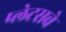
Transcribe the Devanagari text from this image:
प्लेटसचे